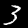
Label: 3